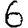
Digit: 6